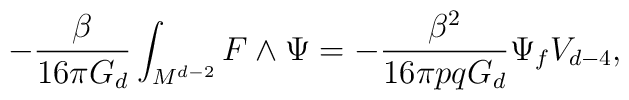
- \frac{\beta}{16 \pi G_{d}} \int_{M^{d-2}} F \wedge \Psi = -\frac{\beta^2}{16 \pi pq G_{d}} \Psi_{f} V_{d-4},